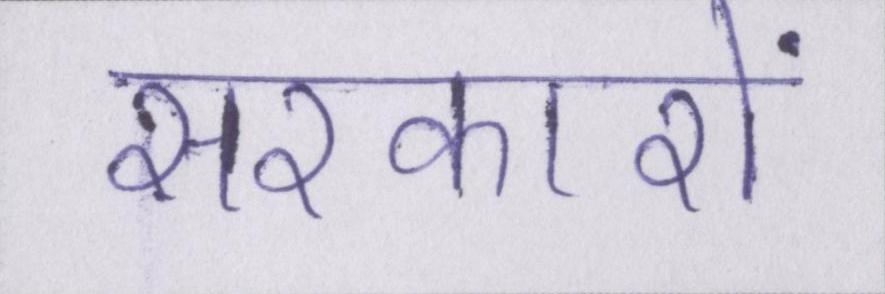
सरकारों